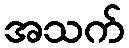
အသက်